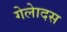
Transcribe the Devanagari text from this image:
गेलेादस